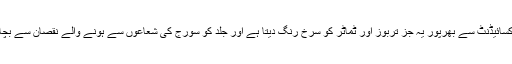
اینٹی آکسائیڈنٹ سے بھرپور یہ جز تربوز اور ٹماٹر کو سرخ رنگ دیتا ہے اور جلد کو سورج کی شعاعوں سے ہونے والے نقصان سے بچاتا ہے۔